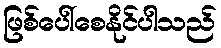
ဖြစ်ပေါ်စေနိုင်ပါသည်